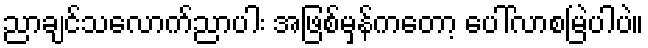
ညာချင်သလောက်ညာပါး အဖြစ်မှန်ကတော့ ပေါ်လာစမြဲပါပဲ။